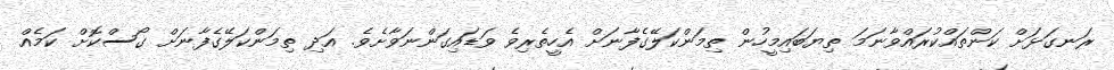
ރަނގަޅަށް ކަންތައްކުރައްވާނަމަ ތިޔަބައިމީހުން ތިމަންކަލޭގެފާނަށް އެހީތެރިވެ ވަޑައިގަންނަވާށެވެ. އަދި ތިމަންކަލޭގެފާނަށް ގޯސްކޮށް ކަމެއް